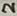
Text: 2